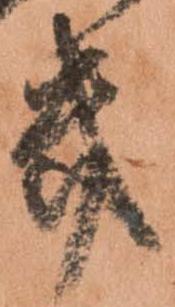
き